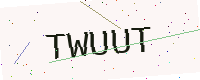
Text: TWUUT